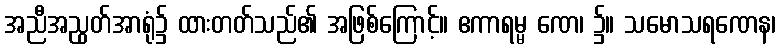
အညီအညွတ်အာရုံ၌ ထားတတ်သည်၏ အဖြစ်ကြောင့်။ ဧကာရမ္မ ဏေ၊ ၌။ သမောသရဏေန၊